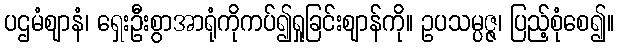
ပဌမံဈာနံ၊ ရှေးဦးစွာအာရုံကိုကပ်၍ရှုခြင်းဈာန်ကို။ ဥပသမ္ပဇ္ဇ၊ ပြည့်စုံစေ၍။